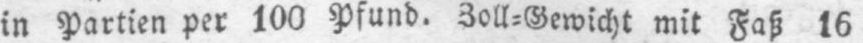
in Partien per 100 Pfund. Zoll⸗Gewicht mit Faß 16